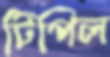
টিপিল